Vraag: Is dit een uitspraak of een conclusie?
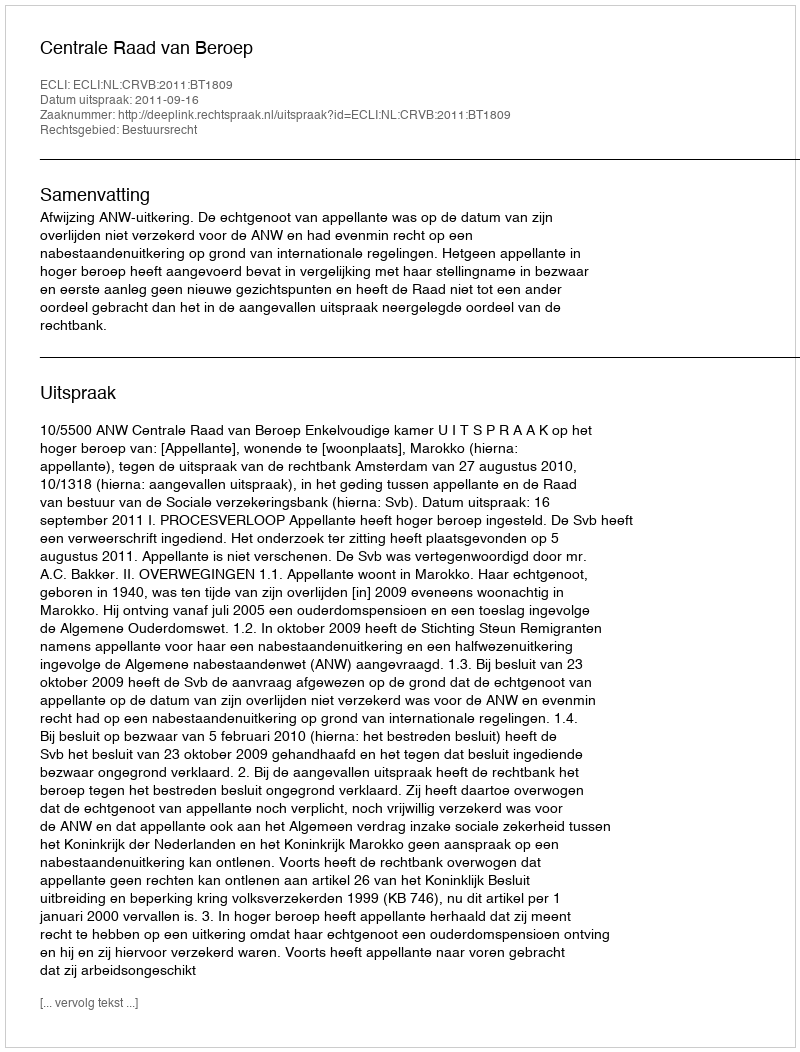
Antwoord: Uitspraak